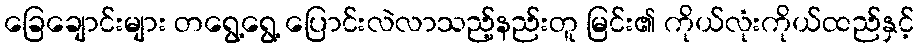
ခြေချောင်းများ တရွေ့ရွေ့ ပြောင်းလဲလာသည့်နည်းတူ မြင်း၏ ကိုယ်လုံးကိုယ်ထည်နှင့်